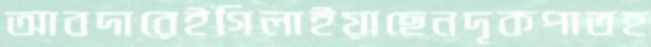
আবদারেইগিলাইয়াছেনদৃকপাতহ